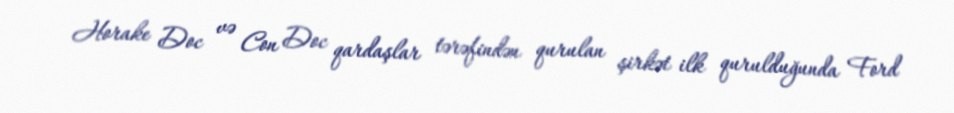
Horake Doc və Con Doc qardaşlar tərəfindən qurulan şirkət ilk qurulduğunda Ford